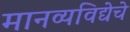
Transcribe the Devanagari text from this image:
मानव्यविद्येचे